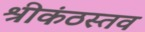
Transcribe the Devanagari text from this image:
श्रीकंठस्तव